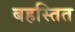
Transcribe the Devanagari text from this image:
बहस्तित